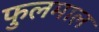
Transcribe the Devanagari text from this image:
फुलमाल